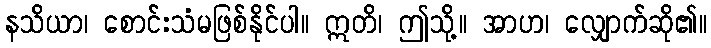
နသိယာ၊ စောင်းသံမဖြစ်နိုင်ပါ။ ဣတိ၊ ဤသို့။ အာဟ၊ လျှောက်ဆို၏။